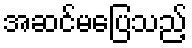
အဆင်မပြေသည့်